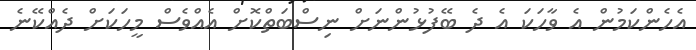
އެހެންކަމުން އެ ވާހަކަ އެ ދެ ބޭފުޅުންނަށް ނިސްބަތްކޮށް އެއްވެސް މީހަކަށް ދެއްކޭނެ